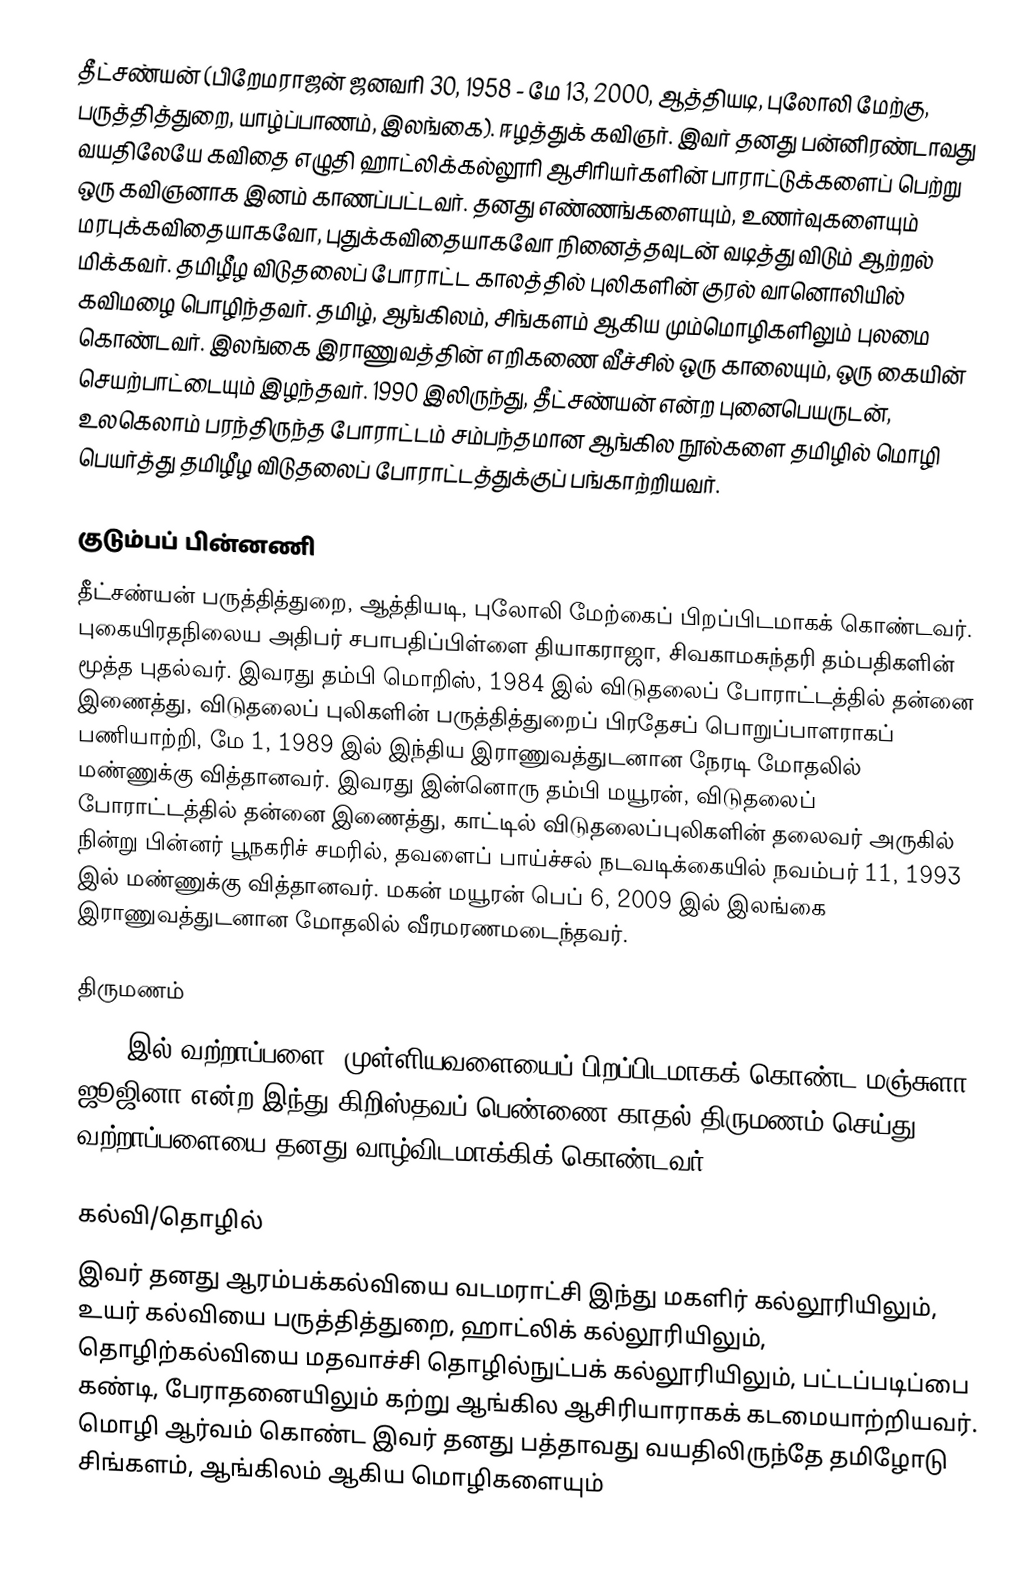
தீட்சண்யன் (பிறேமராஜன் ஜனவரி 30, 1958 - மே 13, 2000, ஆத்தியடி, புலோலி மேற்கு, பருத்தித்துறை, யாழ்ப்பாணம், இலங்கை). ஈழத்துக் கவிஞர். இவர் தனது பன்னிரண்டாவது வயதிலேயே கவிதை எழுதி ஹாட்லிக்கல்லூரி ஆசிரியர்களின் பாராட்டுக்களைப் பெற்று ஒரு கவிஞனாக இனம் காணப்பட்டவர். தனது எண்ணங்களையும், உணர்வுகளையும் மரபுக்கவிதையாகவோ, புதுக்கவிதையாகவோ நினைத்தவுடன் வடித்து விடும் ஆற்றல் மிக்கவர். தமிழீழ விடுதலைப் போராட்ட காலத்தில் புலிகளின் குரல் வானொலியில் கவிமழை பொழிந்தவர். தமிழ், ஆங்கிலம், சிங்களம் ஆகிய மும்மொழிகளிலும் புலமை கொண்டவர். இலங்கை இராணுவத்தின் எறிகணை வீச்சில் ஒரு காலையும், ஒரு கையின் செயற்பாட்டையும் இழந்தவர். 1990 இலிருந்து, தீட்சண்யன் என்ற புனைபெயருடன், உலகெலாம் பரந்திருந்த போராட்டம் சம்பந்தமான ஆங்கில நூல்களை தமிழில் மொழி பெயர்த்து தமிழீழ விடுதலைப் போராட்டத்துக்குப் பங்காற்றியவர்.

குடும்பப் பின்னணி
தீட்சண்யன் பருத்தித்துறை, ஆத்தியடி, புலோலி மேற்கைப் பிறப்பிடமாகக் கொண்டவர். புகையிரதநிலைய அதிபர் சபாபதிப்பிள்ளை தியாகராஜா, சிவகாமசுந்தரி தம்பதிகளின் மூத்த புதல்வர். இவரது தம்பி மொறிஸ், 1984 இல் விடுதலைப் போராட்டத்தில் தன்னை இணைத்து, விடுதலைப் புலிகளின் பருத்தித்துறைப் பிரதேசப் பொறுப்பாளராகப் பணியாற்றி, மே 1, 1989 இல் இந்திய இராணுவத்துடனான நேரடி மோதலில் மண்ணுக்கு வித்தானவர். இவரது இன்னொரு தம்பி மயூரன், விடுதலைப் போராட்டத்தில் தன்னை இணைத்து, காட்டில் விடுதலைப்புலிகளின் தலைவர் அருகில் நின்று பின்னர் பூநகரிச் சமரில், தவளைப் பாய்ச்சல் நடவடிக்கையில் நவம்பர் 11, 1993 இல் மண்ணுக்கு வித்தானவர். மகன் மயூரன் பெப் 6, 2009 இல் இலங்கை இராணுவத்துடனான மோதலில் வீரமரணமடைந்தவர்.

திருமணம்
1983 இல் வற்றாப்பளை, முள்ளியவளையைப் பிறப்பிடமாகக் கொண்ட மஞ்சுளா ஜூஜினா என்ற இந்து/கிறிஸ்தவப் பெண்ணை காதல் திருமணம் செய்து வற்றாப்பளையை தனது வாழ்விடமாக்கிக் கொண்டவர்.

கல்வி/தொழில்
இவர் தனது ஆரம்பக்கல்வியை வடமராட்சி இந்து மகளிர் கல்லூரியிலும், உயர் கல்வியை பருத்தித்துறை, ஹாட்லிக் கல்லூரியிலும், தொழிற்கல்வியை மதவாச்சி தொழில்நுட்பக் கல்லூரியிலும், பட்டப்படிப்பை கண்டி, பேராதனையிலும் கற்று ஆங்கில ஆசிரியாராகக் கடமையாற்றியவர். மொழி ஆர்வம் கொண்ட இவர் தனது பத்தாவது வயதிலிருந்தே தமிழோடு சிங்களம், ஆங்கிலம் ஆகிய மொழிகளையும்